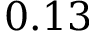
0 . 1 3